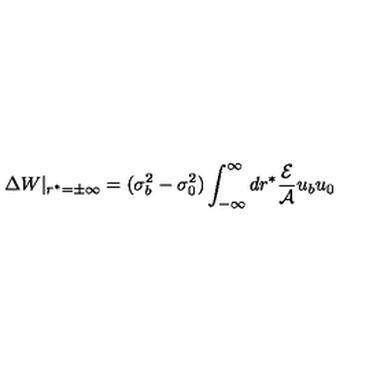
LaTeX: \Delta W | _ { r ^ { * } = \pm \infty } = ( \sigma _ { b } ^ { 2 } - \sigma _ { 0 } ^ { 2 } ) \int _ { - \infty } ^ { \infty } d r ^ { * } \frac { { \cal E } } { { \cal A } } u _ { b } u _ { 0 }